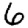
Digit: 6